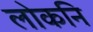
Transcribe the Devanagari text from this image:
लोकनि